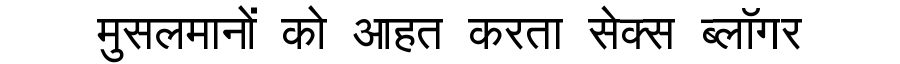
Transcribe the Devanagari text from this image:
मुसलमानों को आहत करता सेक्स ब्लॉगर